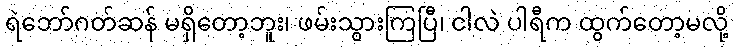
ရဲဘော်ဂတ်ဆန် မရှိတော့ဘူး၊ ဖမ်းသွားကြပြီ၊ ငါလဲ ပါရီက ထွက်တော့မလို့